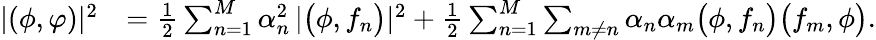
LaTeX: \begin{array}{rl}{|(\phi,\varphi)|^{2}}&{=\frac{1}{2}\sum_{n=1}^{M}\alpha_{n}^{2}\, |\bigl(\phi,f_{n}\bigr)|^{2}+\frac{1}{2}\sum_{n=1}^{M}\sum_{m\neq n}\alpha_{n}\alpha_{m}\bigl(\phi,f_{n}\bigr)\bigl(f_{m},\phi\bigr).}\end{array}